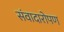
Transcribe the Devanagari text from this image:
संवादारोपण